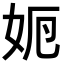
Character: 𡛣